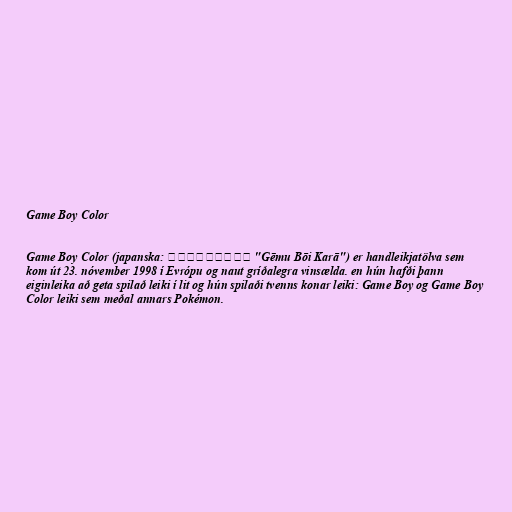
Game Boy Color

Game Boy Color (japanska: ゲームボーイカラー "Gēmu Bōi Karā") er handleikjatölva sem
kom út 23. nóvember 1998 í Evrópu og naut gríðalegra vinsælda. en hún hafði þann
eiginleika að geta spilað leiki í lit og hún spilaði tvenns konar leiki: Game Boy og Game Boy
Color leiki sem meðal annars Pokémon.